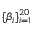
\{ \beta _ { i } \} _ { i = 1 } ^ { 2 0 }